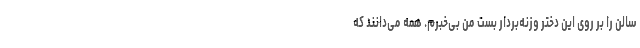
سالن را بر روی این دختر وزنه‌بردار بست من بی‌خبرم. همه می‌دانند که